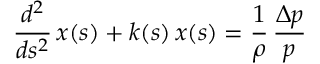
{ \frac { d ^ { 2 } } { d s ^ { 2 } } } \, x ( s ) + k ( s ) \, x ( s ) = { \frac { 1 } { \rho } } \, { \frac { \Delta p } { p } }